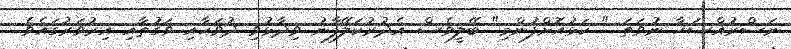
ނަސްރުއްސަޙާ ނުވަތަ " ކަޅުއޮށްފުންމި" ބޭލީވެސް އެދުރުކަލޭފާނު ވިދާޅުވި ދުވަހާއި ވަގުތާއި އިރުވަރުގައެވެ.